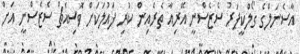
އާސެނަލްގެ ގޯލްކީޕަރު ސެޒެސްނީ އޭރިއާ ތެރެއިން ކުރި ފައުލަކަށް ވޮސިއެޗް ސެޒެސްނީ އަށް